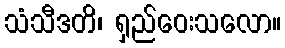
သံသီဒတိ၊ ရှည်ဝေးသလော။